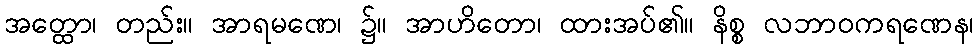
အတ္ထော၊ တည်း။ အာရမဏေ၊ ၌။ အာဟိတော၊ ထားအပ်၏။ နိစ္စ လဘာဝကရဏေန၊